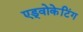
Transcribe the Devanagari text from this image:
एड्वोकेटिंग